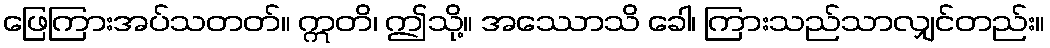
ဖြေကြားအပ်သတတ်။ ဣတိ၊ ဤသို့။ အဿောသိ ခေါ၊ ကြားသည်သာလျှင်တည်း။